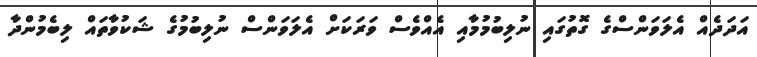
އަދަދެއް އެލަވަންސްގެ ގޮތުގައި ނުލިބުމުމާއި އެއްވެސް ވަރަކަށް އެލަވަންސް ނުލިބުމުގެ ޝަކުވާތައް ލިބެމުންދާ